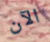
الآن